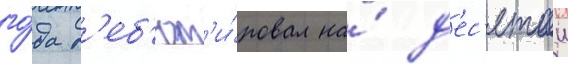
го́да д'еб'ют'и́ровал на́ д'ес'ятои